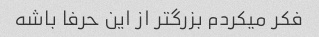
فکر میکردم بزرگتر از این حرفا باشه